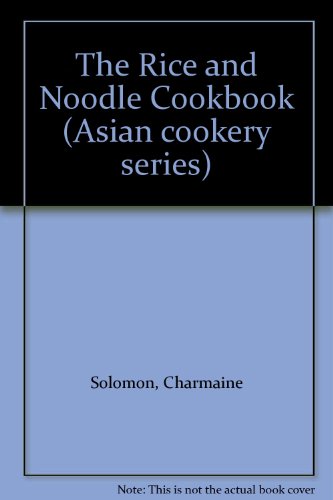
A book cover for The Rice and Noodle Cookbook (Asian cookery series); Charmaine Solomon; Cookbooks, Food & Wine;